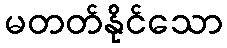
မတတ်နိုင်သော